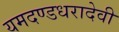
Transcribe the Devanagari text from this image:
यमदण्डधरादेवी